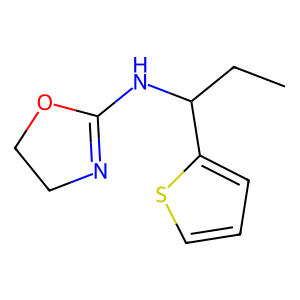
SMILES: CCC(NC1=NCCO1)c1cccs1
Inhibits HIV replication: No